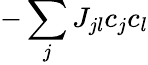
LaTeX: -\sum_{j}J_{jl}c_{j}c_{l}